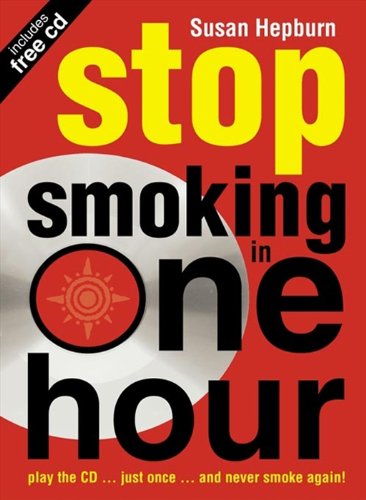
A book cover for Stop Smoking in One Hour: Play the CD... just once... and never smoke again! (Listen Just Once to the CD and Youll Never Smoke Again!); Susan Hepburn; Health, Fitness & Dieting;